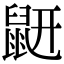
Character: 𪔾